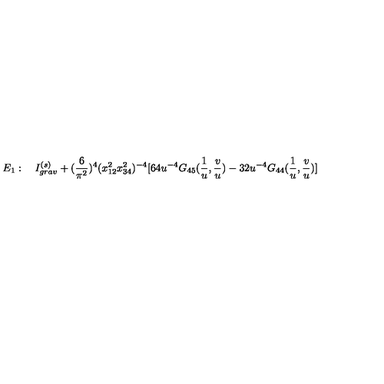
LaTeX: E _ { 1 } : \quad I _ { g r a v } ^ { ( s ) } + ( \frac { 6 } { \pi ^ { 2 } } ) ^ { 4 } ( x _ { 1 2 } ^ { 2 } x _ { 3 4 } ^ { 2 } ) ^ { - 4 } [ 6 4 u ^ { - 4 } G _ { 4 5 } ( \frac { 1 } { u } , \frac { v } { u } ) - 3 2 u ^ { - 4 } G _ { 4 4 } ( \frac { 1 } { u } , \frac { v } { u } ) ]